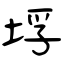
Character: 垺